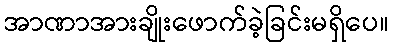
အာဏာအားချိုးဖောက်ခဲ့ခြင်းမရှိပေ။